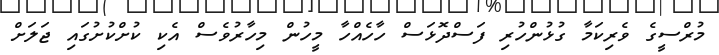
މުރްސީގެ ވެރިކަމާ ގުޅުންހުރި ފަސްދޮޅަސް ހާހެއްހާ މީހުން މިހާރުވެސް އެކި ކުށްކުށުގައި ޖަލަށް